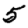
Digit: 5